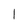
Character: l